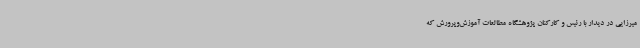
میرزایی در دیدار با رئیس و کارکنان پژوهشگاه مطالعات آموزش‌وپرورش که